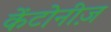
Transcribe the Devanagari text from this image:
केंटोनीज़